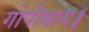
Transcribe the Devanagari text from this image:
गोपीथाय॥